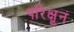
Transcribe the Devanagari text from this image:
परिक्षून